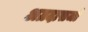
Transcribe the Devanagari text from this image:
अग्रदासजी